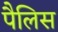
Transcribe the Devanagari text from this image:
पैलिस